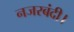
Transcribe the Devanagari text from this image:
नजरबंदी।